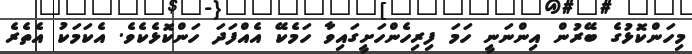
މިހަންކޮޅުގެ ބޭރުން އިންނަނީ ހަމަ ފިރިހެންހަށީގައިވާ ހަމެކޭ އެއްފަދަ ހަންކޮޅެކެވެ. އެކަމަކު އެތެރެ